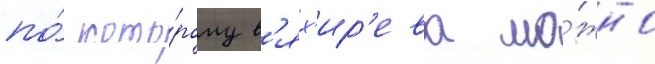
по́ кото́рому в'ях'ир'ева мо́жно